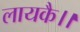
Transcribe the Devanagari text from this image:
लायकै।।